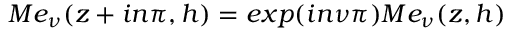
M e _ { \nu } ( z + i n \pi , h ) = e x p ( i n \nu \pi ) M e _ { \nu } ( z , h )